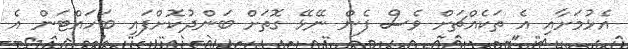
އެޅުމަށާއި އެ ތަކެއްޗަށް ވެސް ފެން ނޭޅޭ ގޮތަށް ބަންދުކޮށްފައި ބަހައްޓަން އެ